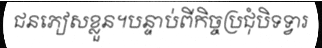
ជនភៀសខ្លួន។បន្ទាប់ពីកិច្ចប្រជុំបិទទ្វារ